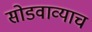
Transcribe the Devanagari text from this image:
सोडवाव्याच